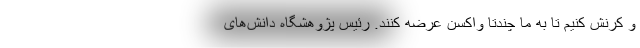
و کرنش کنیم تا به ما چندتا واکسن عرضه کنند. رئیس پژوهشگاه دانش‌های